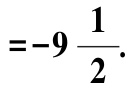
$=-9\frac{1}{2}.$